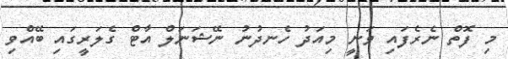
މި ފޮތް ނެރެފައި ވަނީ މިއަދު ހެނދުނު ނޭޝަނަލް އާޓް ގެލަރީގައި ބޭއްވި